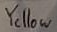
Text: Yellow